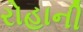
રોહાની